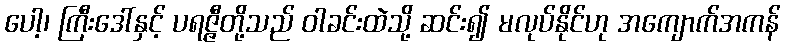
ပေါ့၊ ကြီးဒေါ်နှင့် ပရဇ္ဇီတို့သည် ဝါခင်းထဲသို့ ဆင်း၍ မလုပ်နိုင်ဟု အကျောက်အကန်